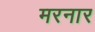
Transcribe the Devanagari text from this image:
मरनार